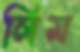
লিম